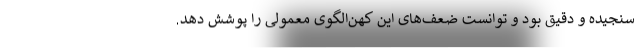
سنجیده و دقیق بود و توانست ضعف‌های این کهن‌الگوی معمولی را پوشش دهد.